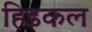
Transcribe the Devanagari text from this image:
हिडकल